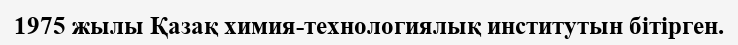
1975 жылы Қазақ химия-технологиялық институтын бітірген.